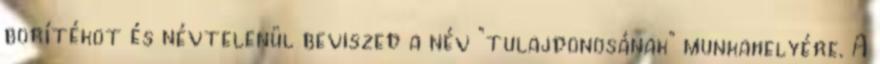
borítékot és névtelenül beviszed a név "tulajdonosának" munkahelyére. A